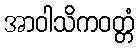
အာဝါသိကဝတ္တံ